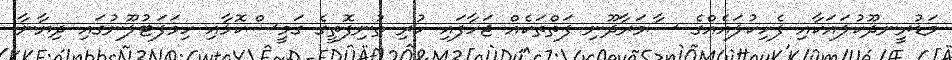
މަޑުރީނދޫކުލައަކާއި ފެހިކުލައެއްގެ ސާމަރާދޫނި ފަތްތަކެއް ޖަހާފައި ހުރި ތުނިފޮތީގެ ގަމީސްކޮޅާއި ހިމަފަޓުލޫނުގައި ދިޔާނާ